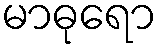
မာဓုရော